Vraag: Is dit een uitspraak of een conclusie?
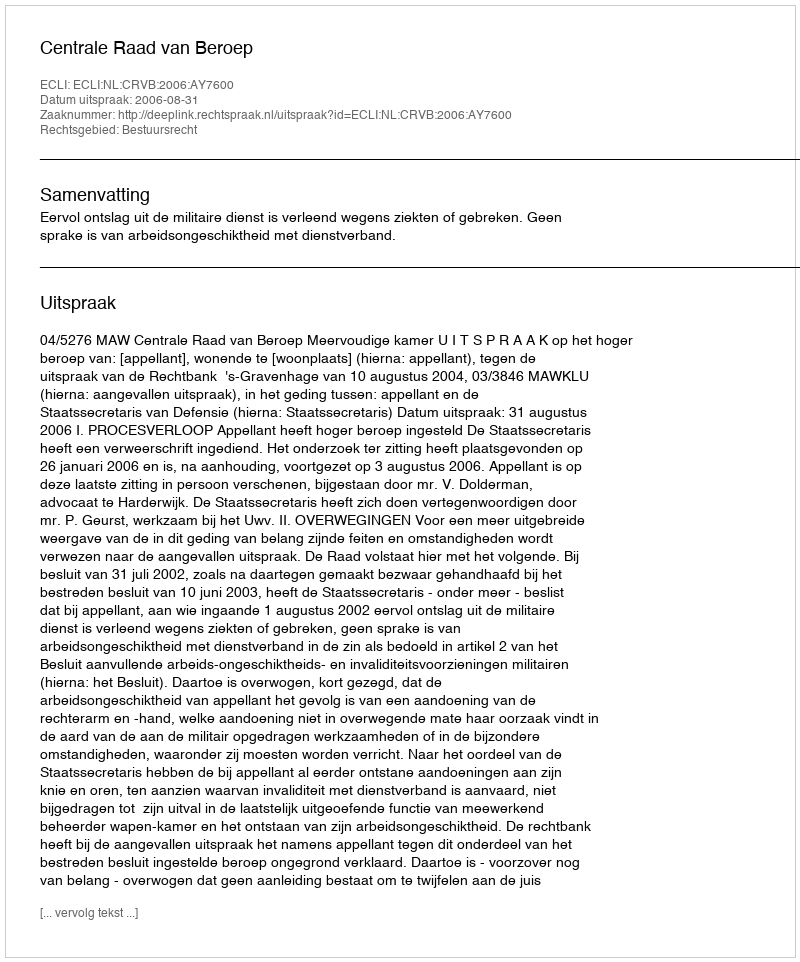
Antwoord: Uitspraak